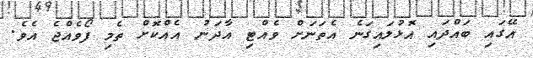
އޭގައި ބައްދައި އޮޅުލައިގަނެ އެތަނަށް ވެއްޓި އާދަނު އެއްކޮށް ތެމި ފޯވެއްޖެ އެވެ.